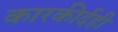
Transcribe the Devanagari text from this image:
कारकीर्दही